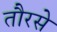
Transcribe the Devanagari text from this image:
तौरसे